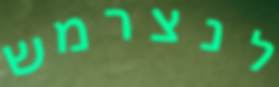
לנצרמש